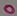
Text: 0